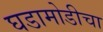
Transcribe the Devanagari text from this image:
घडामोडीचा